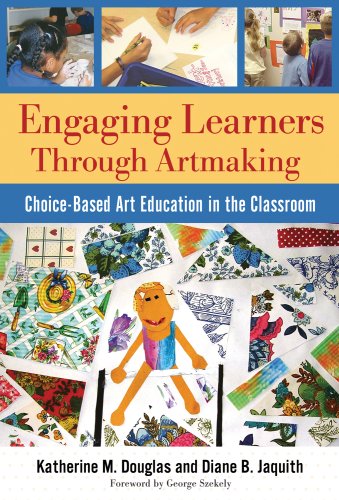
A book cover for Engaging Learners Through Artmaking: Choice-Based Art Education in the Classroom; Katherine M. Douglas; Arts & Photography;